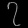
Digit: ၇